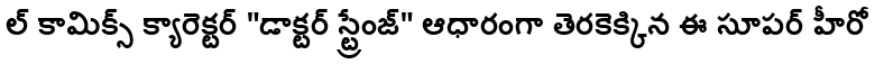
ల్ కామిక్స్ క్యారెక్టర్ "డాక్టర్ స్ట్రేంజ్" ఆధారంగా తెరకెక్కిన ఈ సూపర్ హీరో